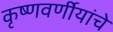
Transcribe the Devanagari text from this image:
कृष्णवर्णीयांचे